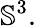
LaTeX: \mathbb{S}^{3}.